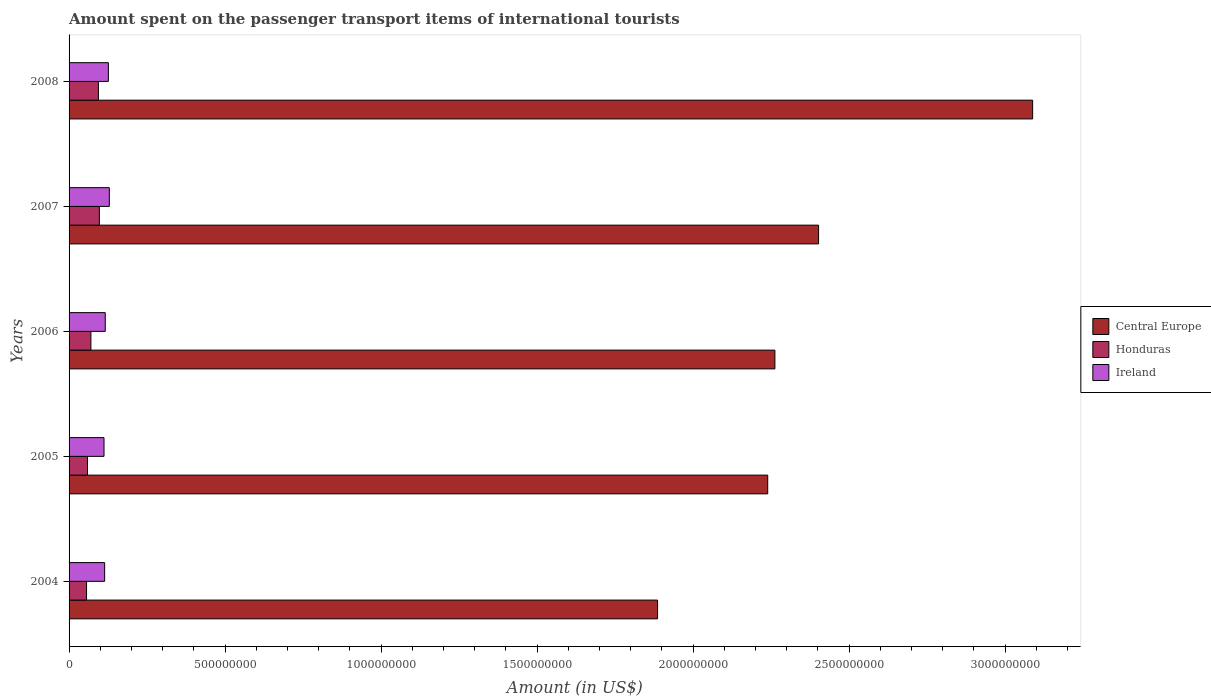
| Years | Central Europe | Honduras | Ireland |
 | --- | --- | --- | --- |
 | 2004 | 1.89e+09 | 5.6e+07 | 1.14e+08 |
 | 2005 | 2.24e+09 | 5.9e+07 | 1.12e+08 |
 | 2006 | 2.26e+09 | 7e+07 | 1.16e+08 |
 | 2007 | 2.4e+09 | 9.7e+07 | 1.29e+08 |
 | 2008 | 3.09e+09 | 9.4e+07 | 1.26e+08 |